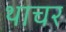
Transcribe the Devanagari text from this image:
थाचर